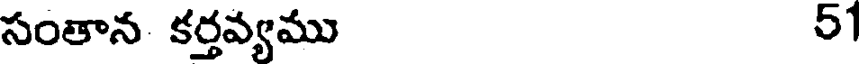
సంతాన కర్తవ్యము 51